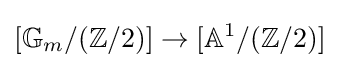
[\mathbb {G} _{m}/(\mathbb {Z} /2)]\to [\mathbb {A} ^{1}/(\mathbb {Z} /2)]